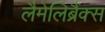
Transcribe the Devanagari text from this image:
लैमेलिब्रैंक्स